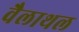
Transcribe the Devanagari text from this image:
वैलाथल